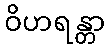
ဝိဟရန္တာ